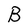
Character: B